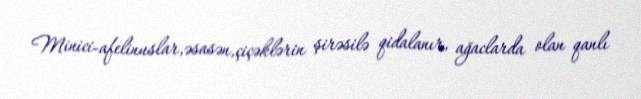
Minici-afelinuslar,əsasən,çiçəklərin şirəsilə qidalanır, ağaclarda olan qanlı